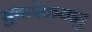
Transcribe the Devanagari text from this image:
भुवनेकबाहु